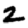
Digit: 2